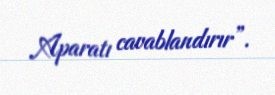
Aparatı cavablandırır”.